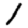
Digit: 1